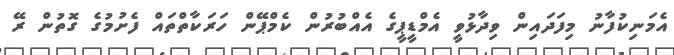
އެމަނިކުފާނު މިފަދައިން ވިދާޅުވީ އެމްޑީޕީގެ އެއްބުރުން ކެމްޕޭން ހަރަކާތްތައް ފެށުމުގެ ގޮތުން ރޭ